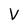
Character: V